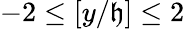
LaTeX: -2\leq[y/\mathfrak{h}]\leq2